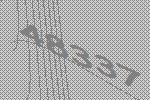
48337